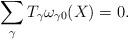
LaTeX: \begin{align*}\sum_{\gamma}T_{\gamma}\omega_{\gamma 0}(X) =0.\end{align*}